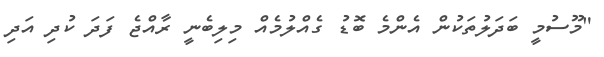
"މޫސުމީ ބަދަލުތަކުން އެންމެ ބޮޑު ގެއްލުމެއް މިލިބެނީ ރާއްޖެ ފަދަ ކުދި އަދި